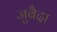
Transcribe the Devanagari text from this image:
जुबैदा